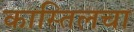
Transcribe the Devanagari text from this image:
कास्तिलचा